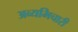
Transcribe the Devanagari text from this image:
अव्यभिचारी